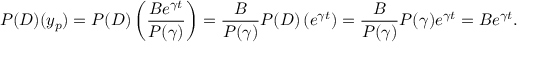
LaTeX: P ( D ) ( y _ { p } ) = P ( D ) \left( { \frac { B e ^ { \gamma t } } { P ( \gamma ) } } \right) = { \frac { B } { P ( \gamma ) } } P ( D ) \left( e ^ { \gamma t } \right) = { \frac { B } { P ( \gamma ) } } P ( \gamma ) e ^ { \gamma t } = B e ^ { \gamma t } .